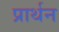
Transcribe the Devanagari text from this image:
प्रार्थन